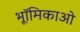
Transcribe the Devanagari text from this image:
भूॉमिकाओ